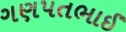
ગણપતભાઈ